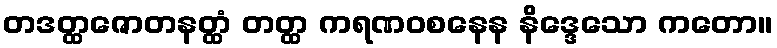
တဒတ္ထဇောတနတ္ထံ တတ္ထ ကရဏဝစနေန နိဒ္ဒေသော ကတော။